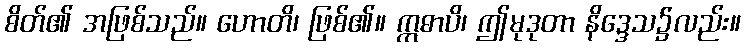
စိတ်၏ အဖြစ်သည်။ ဟောတိ၊ ဖြစ်၏။ ဣဓာပိ၊ ဤမုဒုတာ နိဒ္ဒေသ၌လည်း။